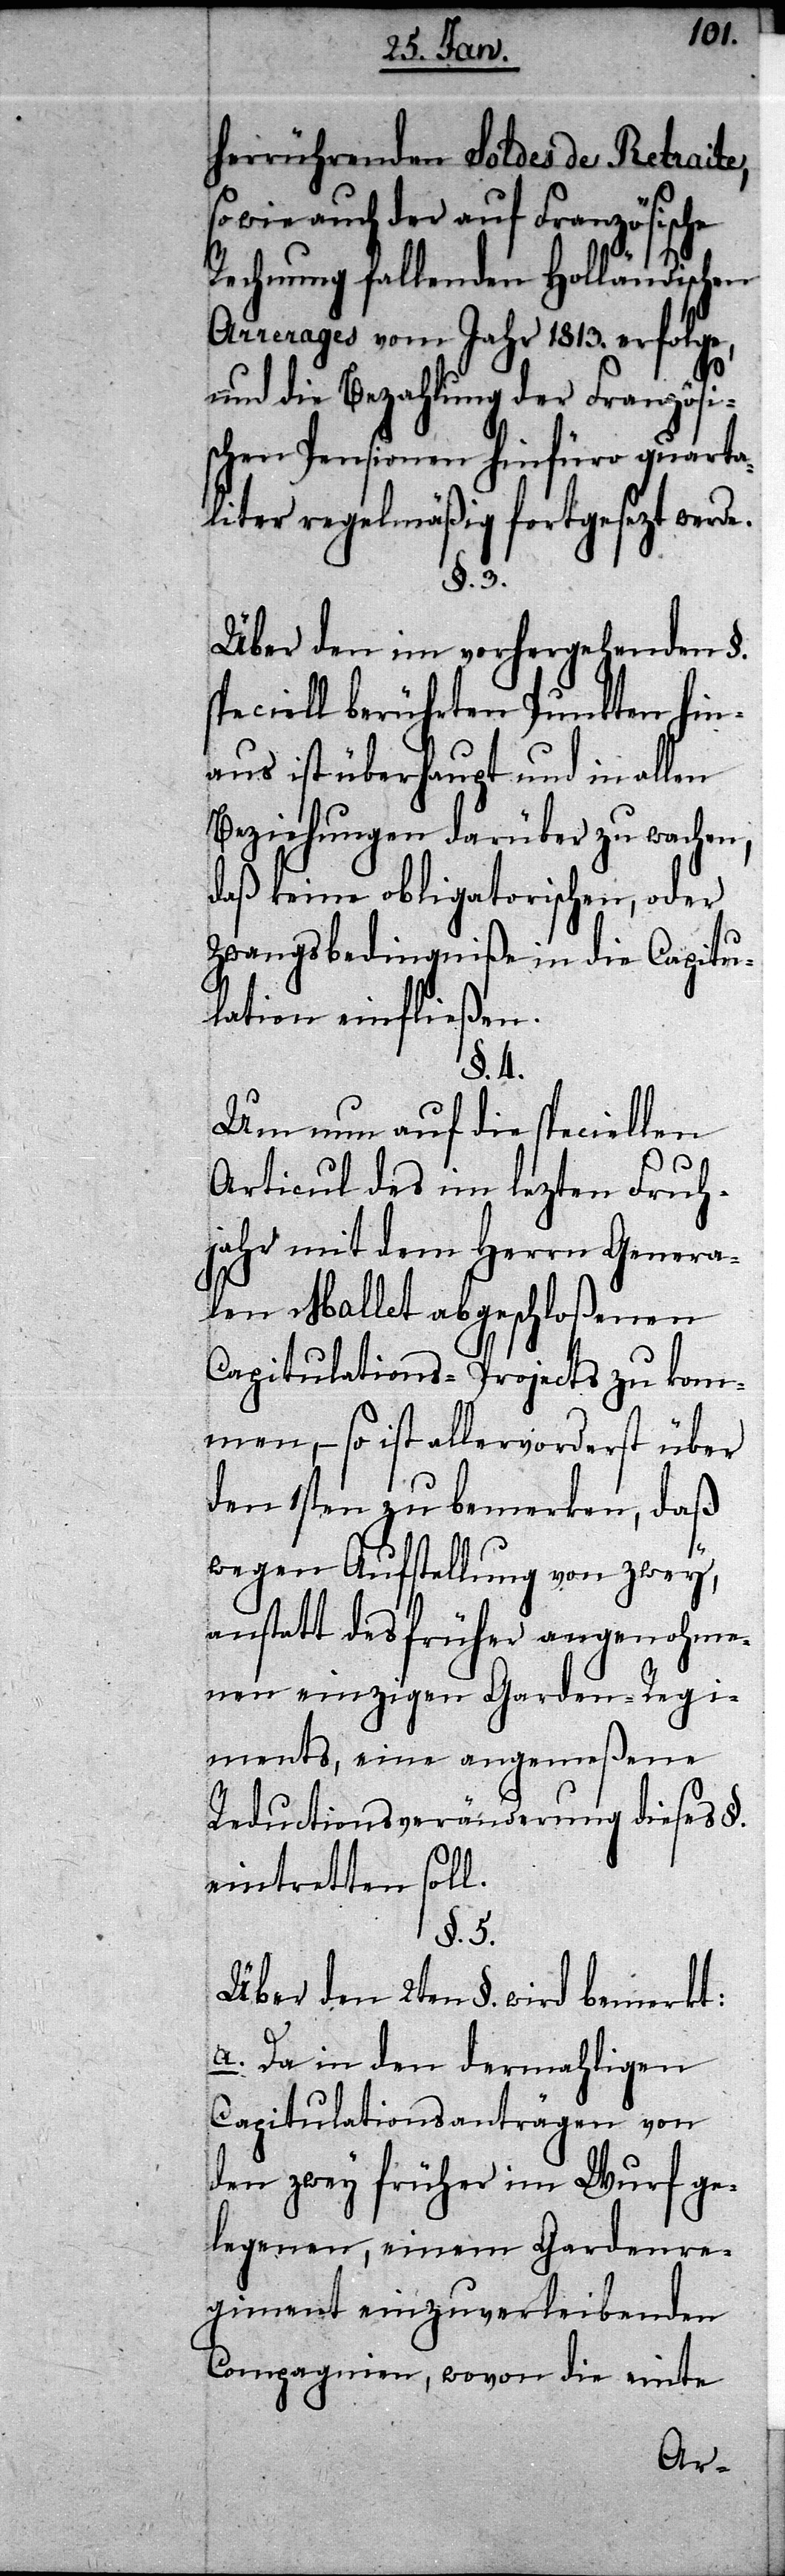
e.
herrührenden Soldes de Retraite,
so wie auch der auf Französische
Rechnung fallenden Holländischen
Arrerages vom Jahr 1813. erfolge,
und die Bezahlung der Fr¬
anzösi¬
quarta¬
schen Pensionen hinfüro
liter regelmäßig fortgesetzt werd¬
§. 3.
Über den im vorhergehenden §.
speciell berührten Punkt¬
en hin¬
aus ist überhaupt und in allen
Beziehungen darüber zu wachen,
daß keine obligatorischen, oder
Zwangsbedingniße in die Capitu¬
lation einfließen.
§. 4.
Um nun auf die speciellen
Articul des im lezten Fruh¬
jahr mit dem Herrn Genera¬
len Mallet abgeschloßenen
Capitulations-Projects zu kom¬
men, – so ist allervorderst über
den 1sten zu bemerken, daß
wegen Aufstellung von zwey,
anstatt das früher angenohme¬
nen einzigen Garden-Regi¬
ments, eine angemeßene
Reductionsveränderung dieses §.
eintretten soll.
§. 5.
Über den 2ten §. wird bemerkt:
a. Da in den dermahligen
Capitulationsanträgen von
den zwey früher im Wurf ge¬
legenen, einem Gardenre¬
giment einzuverleibenden
Compagnien, wovon die einte